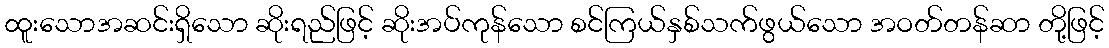
ထူးသောအဆင်းရှိသော ဆိုးရည်ဖြင့် ဆိုးအပ်ကုန်သော စင်ကြယ်နှစ်သက်ဖွယ်သော အဝတ်တန်ဆာ တို့ဖြင့်